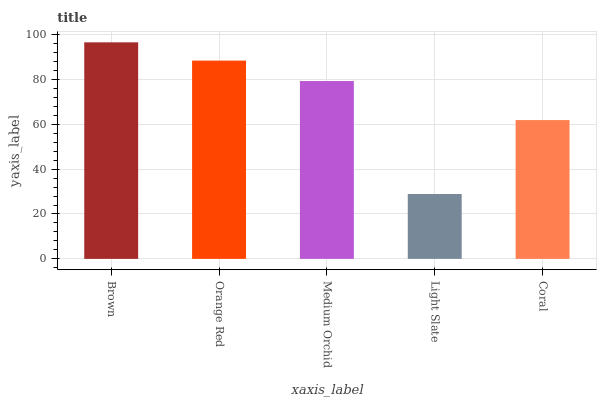
| xaxis_label | bars |
 | --- | --- |
 | Brown | 96.5 |
 | Orange Red | 88.3 |
 | Medium Orchid | 79.2 |
 | Light Slate | 28.9 |
 | Coral | 61.8 |